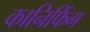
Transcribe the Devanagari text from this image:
कानिफिंग